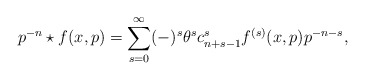
\begin{align*}p^{-n} \star f(x,p) = \sum _{s=0}^{\infty} (-)^{s} \theta ^{s} c_{n+s-1}^{s} f^{(s)}(x,p) p^{-n-s},\end{align*}